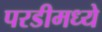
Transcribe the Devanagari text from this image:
परडीमध्ये